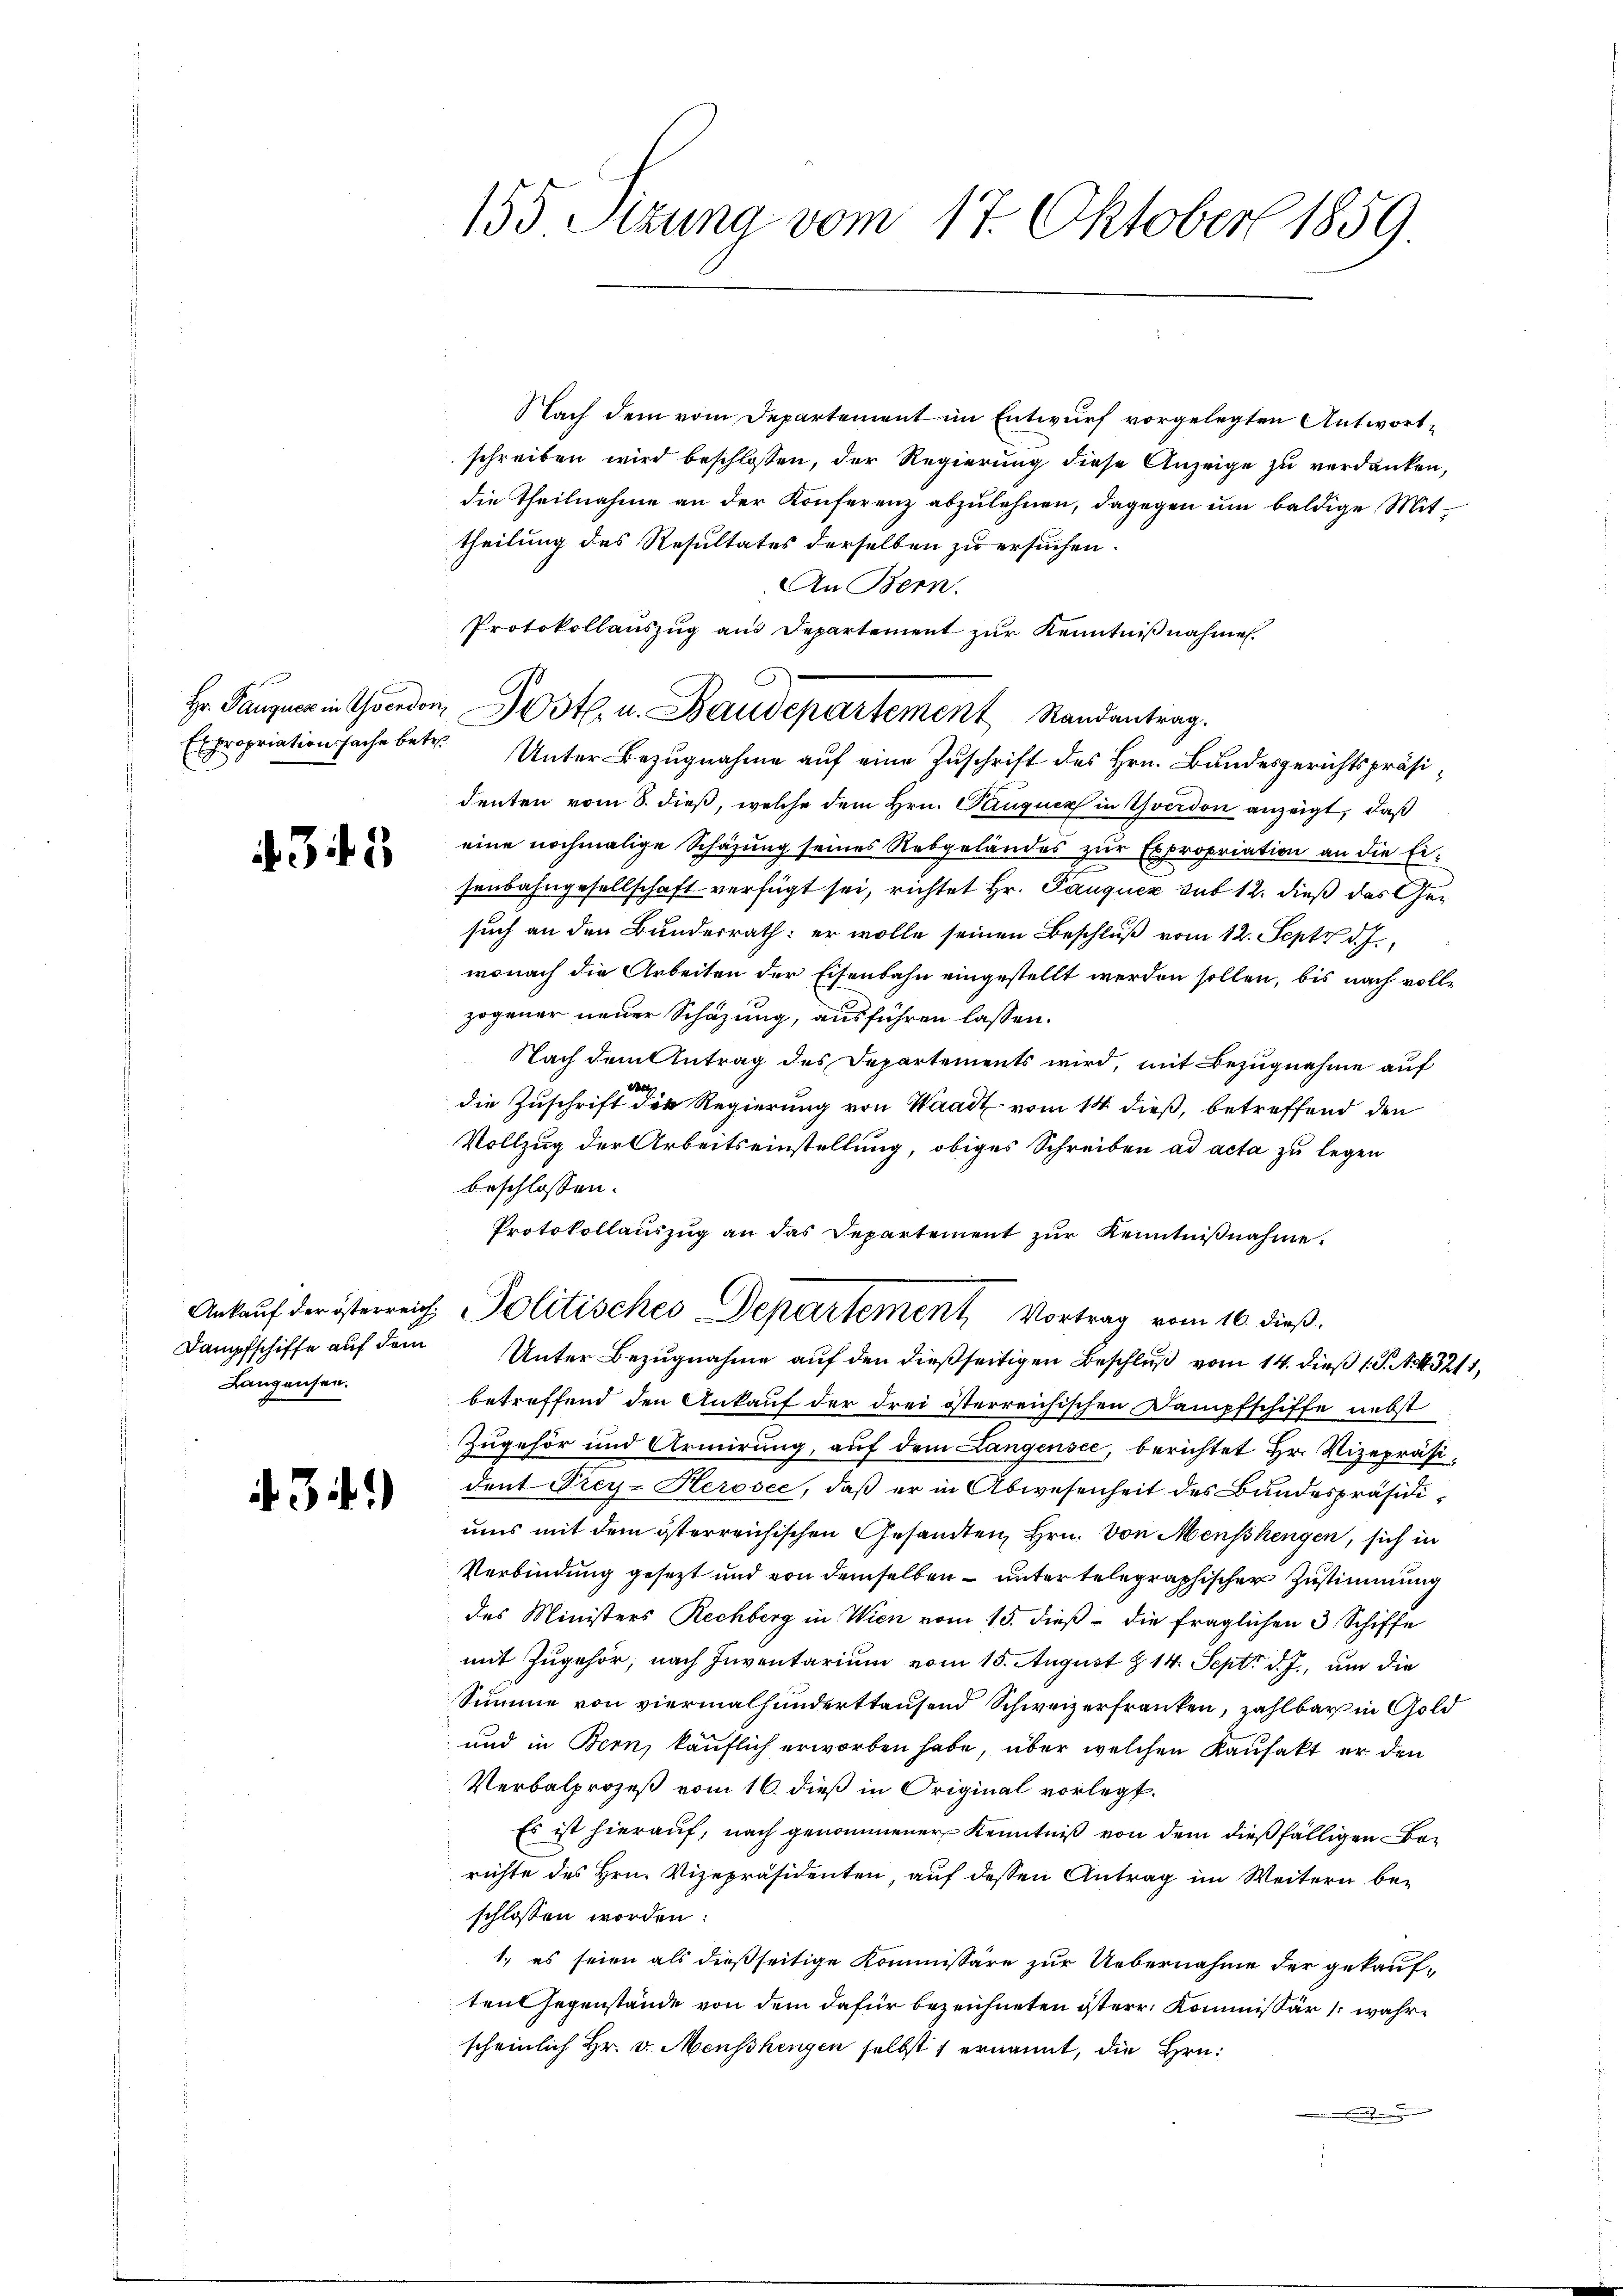
4343

Dampfschiffe auf dem
Langensen.

43.)

155 Stzung vom 17. Oktober 1859.

Nach dem vom Departement im Entwurf vorgelegten Antwortschreiben wird beschlossen, der Regierung diese Anzeige zu verdanken,
die Theilnahme an der Konferenz abzulehnen, dagegen um baldige Mittheilung des Resultates derselben zu ersuchen.
An Bern.
Protokollauszug aus Departement zŭr Kenntnißnahmen.
Expropriationsache betr. Unter-Bezŭgnahme auf eine Zuschrift des Hrn. Bundesgerichtspräsideuten vom 8. dieß, welche dem Hrn. Paruquer in Yverdon anzeigt, daß
eine nochmalige Schazung seines Rebgelandes zur Expropriation an die Eisenbahngesellschaft verfügt sei, richtet Hr. Pauquer sub 12. dieß das Gesuch an den Bundesrath: er wolle seinen Beschluß vom 12. Sept d. J.,
wonach die Arbeiten der Eisenbahn eingestellt werden sollen, bis nach volle
zogener neuer Schazung, ausführen lassen.
Nach dem Antrag des Departements wird, mit Bezugnahme auf
die Zuschrift der Regierung von Waadt vom 14. dieß, betreffend den
Vollzug der Arbeitseinstellung, obiges Schreiben ad acta zu legen
beschlossen:
Protokollaŭszŭg an das Departement zŭr Kenntniβnahme.
Ankauf der österreich, Politisches Departement, Vortrag vom 16. dieß.
Unter Bezugnahme auf den dießseitigen Beschluß vom 14. dieß 1 S. N. 432.
betreffend den Ankauf der drei österreichischen Dampfschiffe nebst
Zugehör und Armirung, auf dem Langensee, berichtet Hr. Vizepräsident Prey-Herosee, daß er in Abwesenheit des Bundespräsidi-
ums mit dem österreichischen Gesandten, Hrn. Von Menschengen, sich in
Verbindung gesezt und von demselben – unter telegraphischer Zustimmung
des Ministers Rechberg in Wien vom 15. dieß – die fraglichen 3 Schiffe
mit Zugehör, nach Inventarium vom 15. August z. 14. Sept. d. J., um die
Summe von viermalhunderttausend Schweizerfranken, zahlbar in Gold
und in Bern, käuflich erworben habe, über welchen Kaufakt er den
Verbalprozeß vom 16. dieß in Original vorlegt.
Es ist hierauf, nach genommener Kenntniß von dem dießfälligen Berichte des Hrn. Vizepräsidenten, auf dessen Antrag im Weitern beschlossen worden:
1., es seien als dießseitige Kommissäre zur Uebernahme der gekauften Gegenstände von dem dafür bezeichneten isterr. Kommissär (wahrscheinlich Hr. v. Menschengen selbst ernannt, die Hrn.
e

Hr. Ganzen in Graden, Post. u. Baudepartement Randantrag.

23